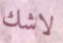
لاشك